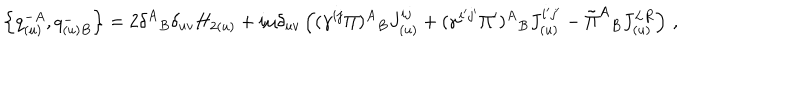
\left\{ q _ { ( u ) } ^ { - A } , q _ { ( u ) B } ^ { - } \right\} = 2 \delta ^ { A } { } _ { B } \delta _ { u v } H _ { 2 ( u ) } + i \mu \delta _ { u v } \left( ( \gamma ^ { i j } \Pi ) { } ^ { A } { } _ { B } J _ { ( u ) } ^ { i j } + ( \gamma ^ { i ^ { \prime } j ^ { \prime } } \Pi ^ { \prime } ) { } ^ { A } { } _ { B } J _ { ( u ) } ^ { i ^ { \prime } j ^ { \prime } } - { \tilde { \Pi } } ^ { A } { } _ { B } J _ { ( u ) } ^ { L R } \right) \, ,